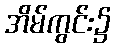
အိမ်ကွင်း၌